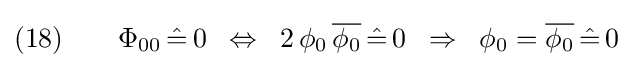
(18)\qquad \Phi _{00}\,{\hat {=}}\,0\;\;\Leftrightarrow \;\;2\,\phi _{0}\,{\overline {\phi _{0}}}\,{\hat {=}}\,0\;\;\Rightarrow \;\;\phi _{0}={\overline {\phi _{0}}}\,{\hat {=}}\,0